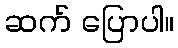
ဆက် ပြောပါ။